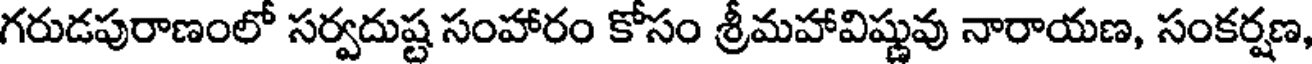
గరుడపురాణంలో సర్వదుష్ట సంహారం కోసం శ్రీమహావిష్ణువు నారాయణ, సంకర్షణ,